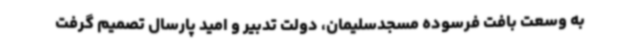
به وسعت بافت فرسوده مسجدسلیمان، دولت تدبیر و امید پارسال تصمیم گرفت